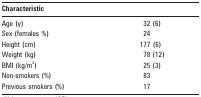
<table><thead><tr><td><b>Characteristic</b></td><td>[EMPTY_CELL]</td></tr></thead><tbody><tr><td>Age (y)</td><td>32 (6)</td></tr><tr><td>Sex (females %)</td><td>24</td></tr><tr><td>Height (cm)</td><td>177 (6)</td></tr><tr><td>Weight (kg)</td><td>78 (12)</td></tr><tr><td>BMI (kg/m2)</td><td>25 (3)</td></tr><tr><td>Non-smokers (%)</td><td>83</td></tr><tr><td>Previous smokers (%)</td><td>17</td></tr></tbody></table>